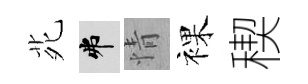
𫟍弗情裸稧